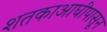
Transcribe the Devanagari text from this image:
शतकाआघीपासून